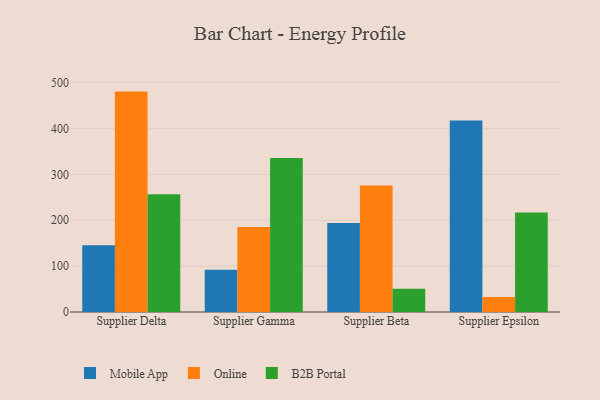
{"axis": {"x": "Supplier", "y": "Demand Index"}, "legend": ["B2B Portal", "Mobile App", "Online"], "data": [{"x": "Supplier Delta", "y": 145.5, "type": "Mobile App"}, {"x": "Supplier Delta", "y": 480.3, "type": "Online"}, {"x": "Supplier Delta", "y": 256.6, "type": "B2B Portal"}, {"x": "Supplier Gamma", "y": 92.2, "type": "Mobile App"}, {"x": "Supplier Gamma", "y": 185.2, "type": "Online"}, {"x": "Supplier Gamma", "y": 335.7, "type": "B2B Portal"}, {"x": "Supplier Beta", "y": 194.1, "type": "Mobile App"}, {"x": "Supplier Beta", "y": 275.8, "type": "Online"}, {"x": "Supplier Beta", "y": 50.9, "type": "B2B Portal"}, {"x": "Supplier Epsilon", "y": 417.3, "type": "Mobile App"}, {"x": "Supplier Epsilon", "y": 32.9, "type": "Online"}, {"x": "Supplier Epsilon", "y": 216.7, "type": "B2B Portal"}]}